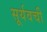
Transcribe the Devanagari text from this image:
सूर्यवची